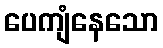
ပေကျံနေသော